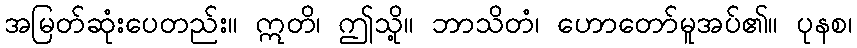
အမြတ်ဆုံးပေတည်း။ ဣတိ၊ ဤသို့။ ဘာသိတံ၊ ဟောတော်မူအပ်၏။ ပုနစ၊